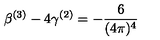
\beta ^ { ( 3 ) } - 4 \gamma ^ { ( 2 ) } = - \frac { 6 } { ( 4 \pi ) ^ { 4 } }